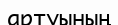
артуының